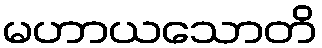
မဟာယသောတိ